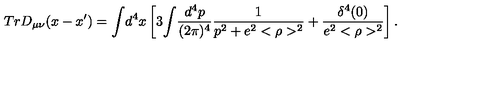
T r D _ { \mu \nu } ( x - x ^ { \prime } ) = { \int } d ^ { 4 } x \left[ 3 { \int } \frac { d ^ { 4 } p } { ( 2 \pi ) ^ { 4 } } \frac { 1 } { p ^ { 2 } + e ^ { 2 } < \rho > ^ { 2 } } + \frac { \delta ^ { 4 } ( 0 ) } { e ^ { 2 } < \rho > ^ { 2 } } \right] .